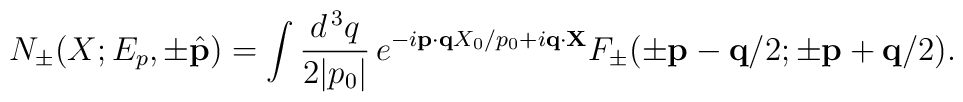
N_\pm (X; E_p, \pm \hat{\bf p}) = \int \frac{d^{\, 3} q}{2 |p_0|} \, e^{- i {\bf p} \cdot {\bf q} X_0 / p_0 + i {\bf q} \cdot {\bf X}} F_\pm (\pm {\bf p} - {\bf q} / 2; \pm {\bf p} + {\bf q} / 2) .